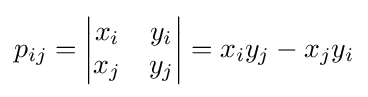
p_{ij}={\begin{vmatrix}x_{i}&y_{i}\\x_{j}&y_{j}\end{vmatrix}}=x_{i}y_{j}-x_{j}y_{i}